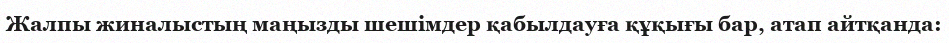
Жалпы жиналыстың маңызды шешімдер қабылдауға құқығы бар, атап айтқанда: